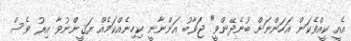
އެއީ ކީއްވެކަން އަހަންނަށް ބުނެދޭންވީ" ޖަވާބު އަންނާނީ ކިހިނެއްކަމެއް ޔަޤީންނުވާ އިރު ވެސް